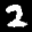
Label: 2